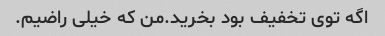
اگه توی تخفیف بود بخرید.من که خیلی راضیم.